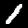
Label: 1